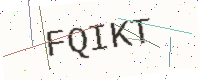
Text: FQIKT